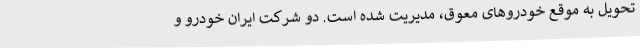
تحویل به موقع خودروهای معوق، مدیریت شده است. دو شرکت ایران خودرو و